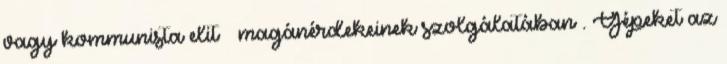
vagy kommunista elit – magánérdekeinek szolgálatában . Gépeket az